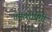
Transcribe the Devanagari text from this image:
तमाशाप्रेमी